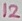
Text: 12